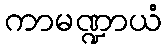
ကာမဏ္ဍာယံ